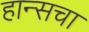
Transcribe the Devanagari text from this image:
हान्सचा